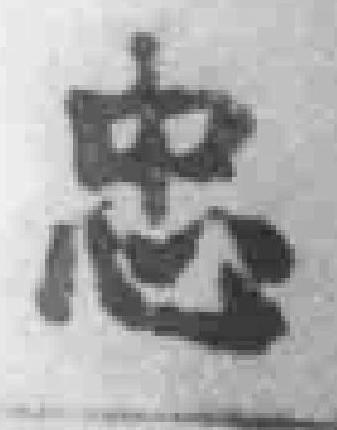
忠